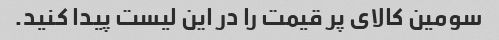
سومین کالای پر قیمت را در این لیست پیدا کنید.